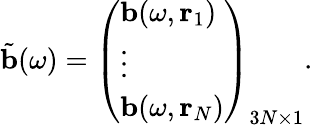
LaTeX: \tilde{\mathbf{b}}(\omega)=\left(\begin{array}{l}{\mathbf{b}(\omega,\mathbf{r}_{1})}\\ {\vdots}\\ {\mathbf{b}(\omega,\mathbf{r}_{N})}\end{array}\right)_{3N\times 1}.